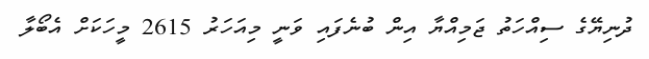
ދުނިޔޭގެ ސިއްހަތު ޖަމިއްޔާ އިން ބުނެފައި ވަނީ މިއަހަރު 2615 މީހަކަށް އެބޯލާ